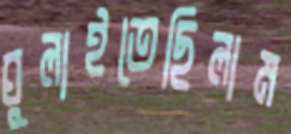
ঘুলাইতেছিলাম